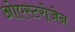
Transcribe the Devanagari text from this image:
ओएस्टरोजेन